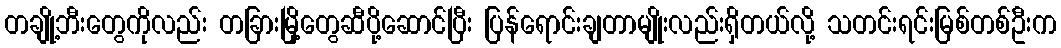
တချို့ဘီးတွေကိုလည်း တခြားမြို့တွေဆီပို့ဆောင်ပြီး ပြန်ရောင်းချတာမျိုးလည်းရှိတယ်လို့ သတင်းရင်းမြစ်တစ်ဦးက